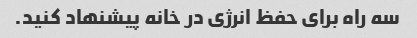
سه راه برای حفظ انرژی در خانه پیشنهاد کنید.